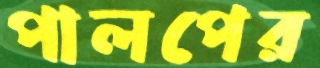
পালপের